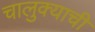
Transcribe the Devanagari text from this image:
चालुक्याची